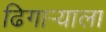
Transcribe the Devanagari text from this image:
ढिगाऱ्याला